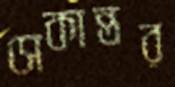
সেকান্তর